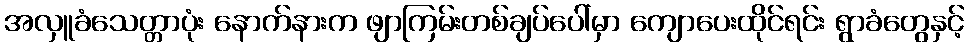
အလှူခံသေတ္တာပုံး နောက်နားက ဖျာကြမ်းတစ်ချပ်ပေါ်မှာ ကျောပေးထိုင်ရင်း ရွာခံတွေနှင့်